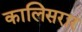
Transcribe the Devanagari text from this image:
कालिसरार